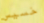
خسيس